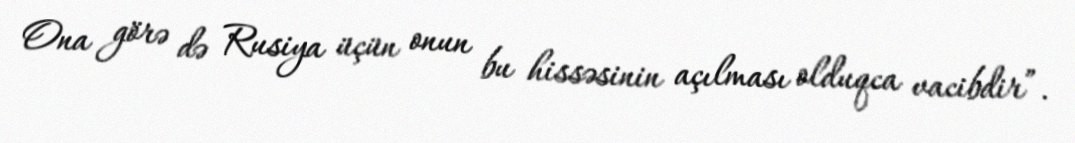
Ona görə də Rusiya üçün onun bu hissəsinin açılması olduqca vacibdir”.